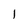
Character: I